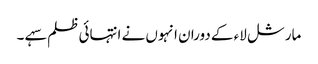
مارشل لاء کے دوران انہوں نے انتہائی ظلم سہے ۔